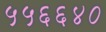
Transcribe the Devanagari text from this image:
५५६६४०